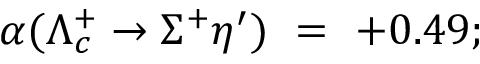
\alpha ( \Lambda _ { c } ^ { + } \rightarrow \Sigma ^ { + } \eta ^ { \prime } ) ~ = ~ + 0 . 4 9 ;